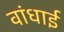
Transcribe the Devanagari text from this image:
वांधाई